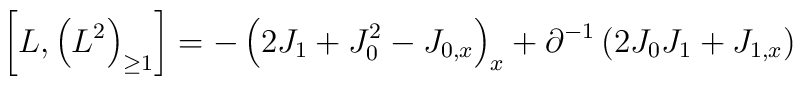
\left[ L , \left(L^{2}\right)_{\geq 1} \right] =  - \left(2J_{1} +J_{0}^{2} - J_{0,x}\right)_{x} + \partial^{-1} \left(2J_{0}J_{1} +J_{1,x}\right)